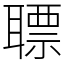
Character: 䏇